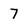
Character: 7